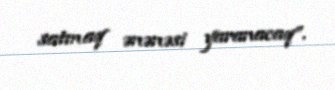
satmaq ənənəsi yaranacaq”.